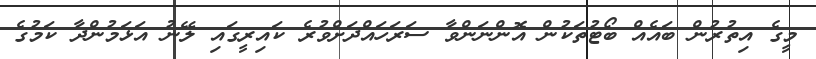
މީގެ އިތުރުން ބައެއް ބޯޓުތަކުން އޮންނަންވާ ސަރަހައްދަށްވުރެ ކައިރީގައި ލޭނު އަޅަމުންދާ ކަމުގެ